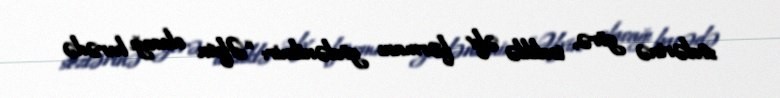
sözlərinə görə, tezliklə əfv fərmanı gözlənilmir: “Əfvin olacağı barədə